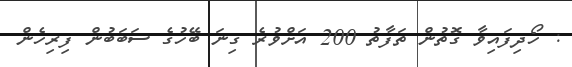
: ހޯދިފައިވާ ގޮތުން ތަފާތު 200 އަށްވުރެ ގިނަ ބޭހުގެ ސަބަބުން ފިރިހެން